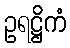
ဥရဋ္ဌိကံ